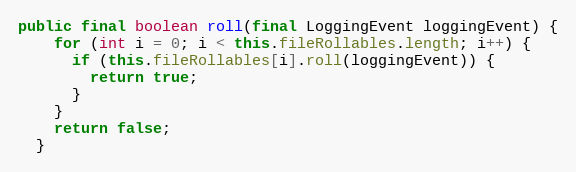
Language: Java
public final boolean roll(final LoggingEvent loggingEvent) {
    for (int i = 0; i < this.fileRollables.length; i++) {
      if (this.fileRollables[i].roll(loggingEvent)) {
        return true;
      }
    }
    return false;
  }